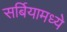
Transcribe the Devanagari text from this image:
सर्बियामध्ये